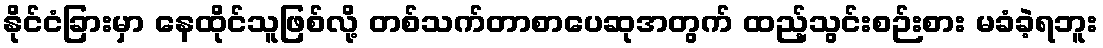
နိုင်ငံခြားမှာ နေထိုင်သူဖြစ်လို့ တစ်သက်တာစာပေဆုအတွက် ထည့်သွင်းစဉ်းစား မခံခဲ့ရဘူး